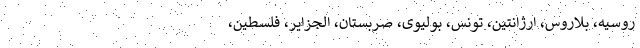
روسیه، بلاروس، ارژانتین، تونس، بولیوی، صربستان، الجزایر، فلسطین،